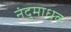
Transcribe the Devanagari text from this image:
नंदुमाधव